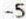
-5